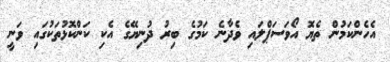
އެހެންކަމުން ތެޔޮ އޯވަސަޕްލައި ވެދާނެ ކަމުގެ ބިރު ދުނިޔޭގެ އެކި ކަންކޮޅުތަކުގައި ވަނީ